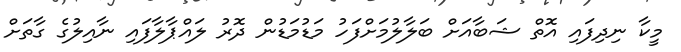
މީކާ ނިދިފައި އޮތް ޝަބާއަށް ބަލާލުމަށްފަހު މަޑުމަޑުން ދޮރު ލައްޕާލާފައި ނާއިލުގެ ގާތަށް